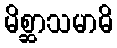
မိစ္ဆာသမာဓိ